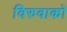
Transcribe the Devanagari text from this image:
विरुवाको